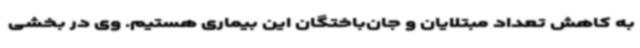
به کاهش تعداد مبتلایان و جان‌باختگان این بیماری هستیم. وی در بخشی